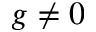
g \neq 0